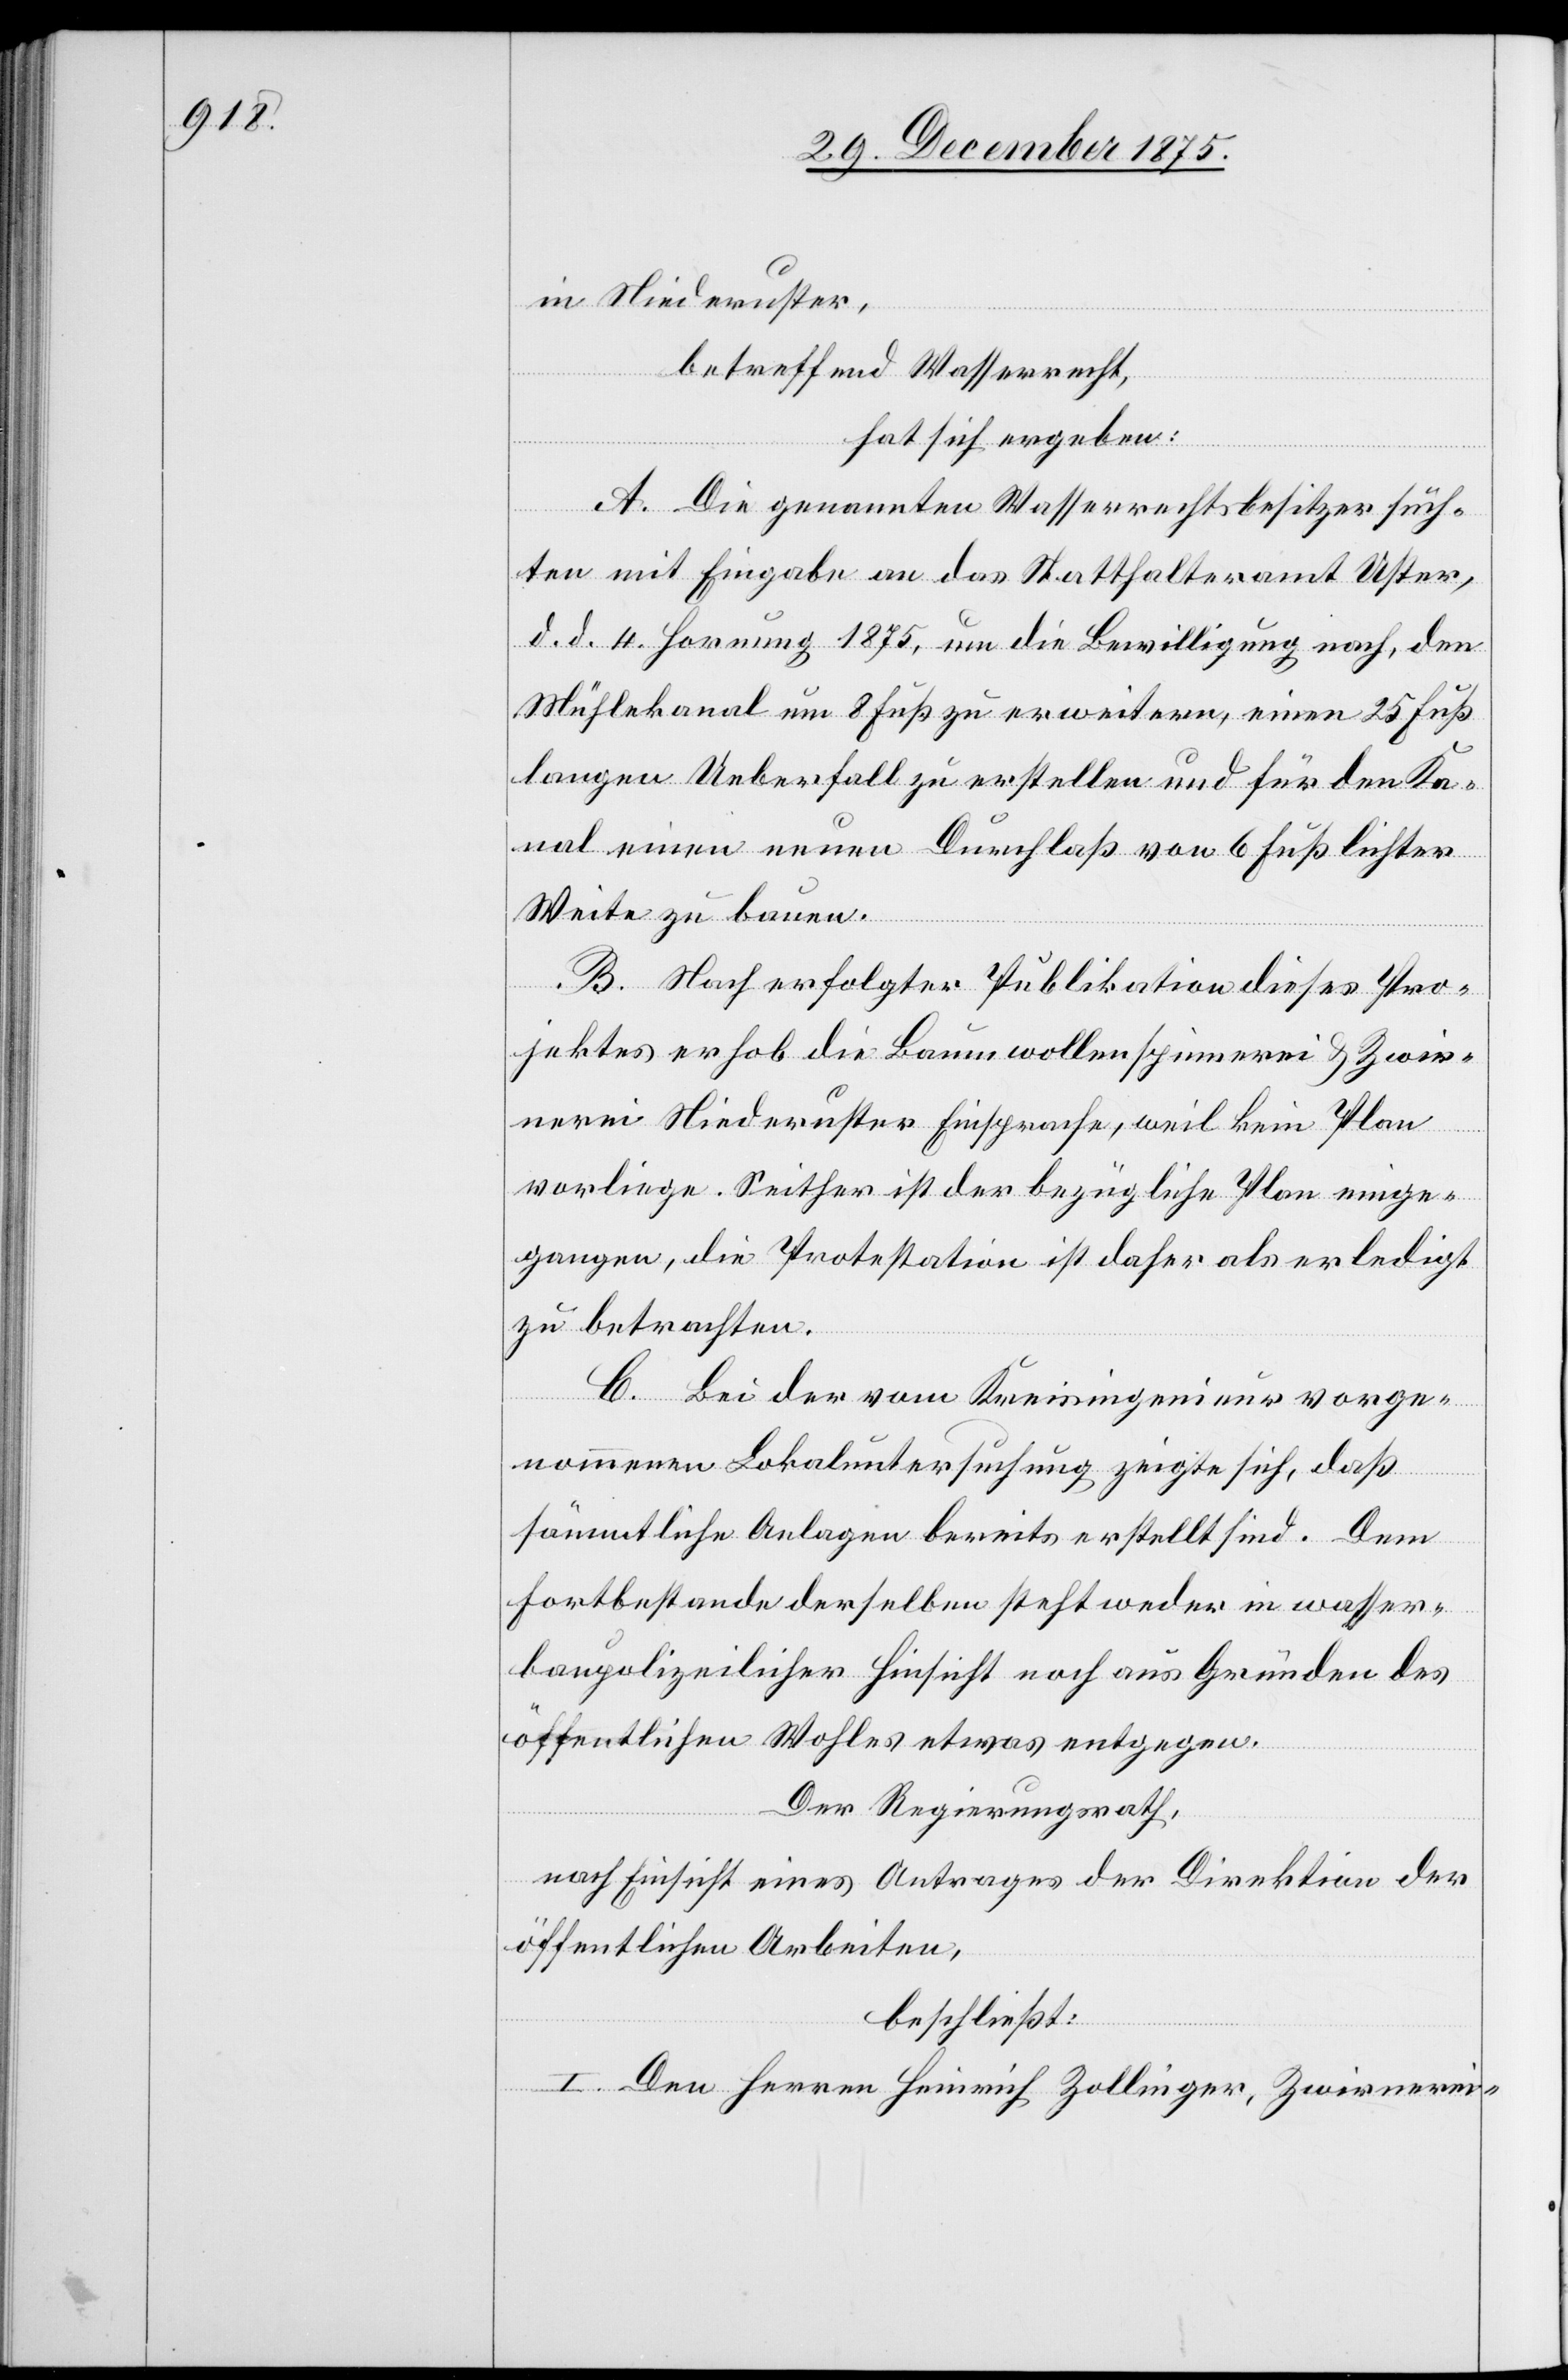
in Niederuster,
betreffend Wasserrecht,
hat sich ergeben:
A. Die genannten Wasserrechtsbesitzer such¬
ten mit Eingabe an das Statthalteramt Uster,
d. d. 4 Hornung 1875, um die Bewilligung nach, den
Mühlekanal um 8 Fuß zu erweitern, einen 25 Fuß
langen Ueberfall zu erstellen und für den Ka¬
nal einen neuen Durchlaß von 6 Fuß lichter
Weite zu bauen.
B. Nach erfolgter Publikation dieses Pro¬
jektes erhob die Baumwollenspinnerei & Zwir¬
nerei Niederuster Einsprache, weil kein Plan
vorliege. Seither ist der bezügliche Plan einge¬
gangen, die Protestation ist daher als erledigt
zu betrachten.
C. Bei der vom Kreisingenieur vorge¬
nommenen Lokaluntersuchung zeigte sich, daß
sämmtliche Anlagen bereits erstellt sind. Dem
Fortbestande derselben steht weder in wasser¬
baupolizeilicher Hinsicht noch aus Gründen des
öffentlichen Wohles etwas entgegen.
Der Regierungsrath,
nach Einsicht eines Antrages der Direktion der
öffentlichen Arbeiten,
beschließt:
I. Den Herren Heinrich Zollinger, Zwirnerei-